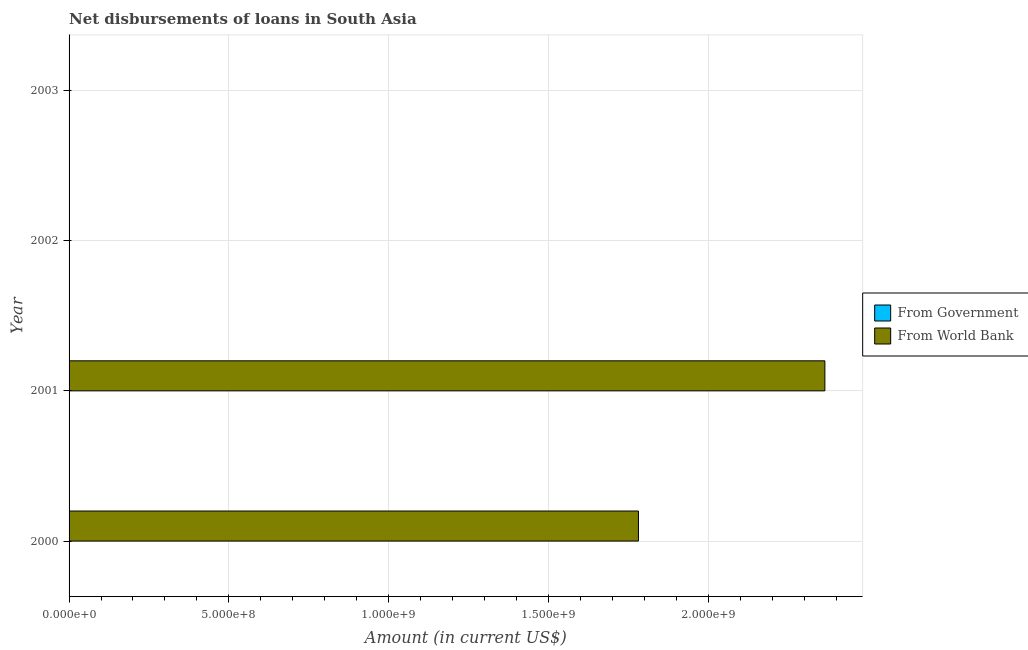
| Year | From Government | From World Bank |
 | --- | --- | --- |
 | 2000 | -7.24e+08 | 1.78e+09 |
 | 2001 | -5.69e+08 | 2.37e+09 |
 | 2002 | -4.17e+08 | -1.91e+09 |
 | 2003 | -1.19e+09 | -2.83e+09 |